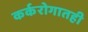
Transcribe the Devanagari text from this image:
कर्करोगातही